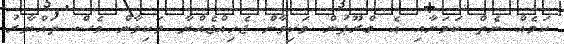
ކަމެއް ނެތް ކަމަށާއި އެ ގްރޫޕުން ވަކިވާން ޖެހިއްޖެއްޔާ ވަކިވާން ވެސް ތައްޔާރު